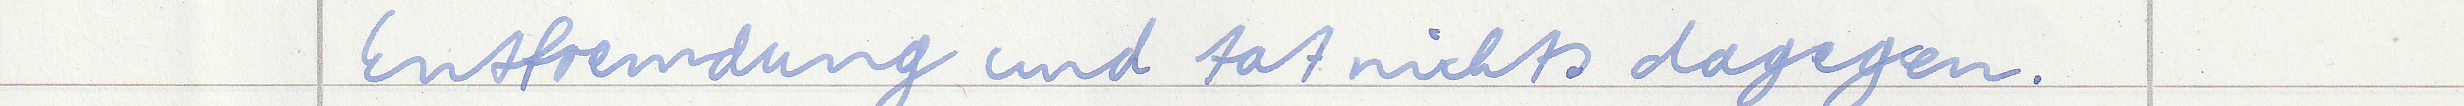
Entfremdung und tat nichts dagegen.